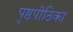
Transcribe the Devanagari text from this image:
पृष्ठपीठिका